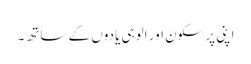
اپنی پرسکون اور الوہی یادوں کے ساتھ۔